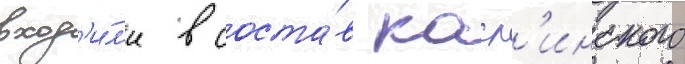
вход'и́л'и в соста́в касл'инского